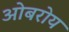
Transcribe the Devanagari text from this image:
ओबरोय